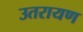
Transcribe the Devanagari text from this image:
उतरायण